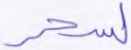
لسحر